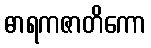
ဓာရကဇာတိကော